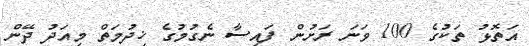
އަތޮޅު ތަކުގެ 100 ވަނަ ރަށުން ފައިސާ ނެގުމުގެ ޚިދުމަތް މިއަދު ދޭން